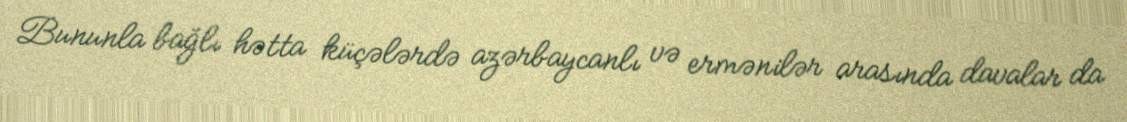
Bununla bağlı hətta küçələrdə azərbaycanlı və ermənilər arasında davalar da